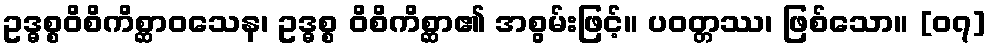
ဥဒ္ဓစ္စဝိစိကိစ္ဆာဝသေန၊ ဥဒ္ဓစ္စ ဝိစိကိစ္ဆာ၏ အစွမ်းဖြင့်။ ပဝတ္တဿ၊ ဖြစ်သော။ [၀၇]